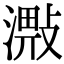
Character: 𣽠